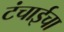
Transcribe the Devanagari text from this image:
टंचाईचा